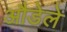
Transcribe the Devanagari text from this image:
औडेले